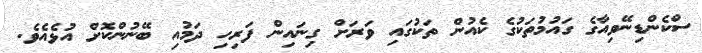
ސްކެންޑިނޭވިއާގެ ގައުމުތަކުގެ ކެއުން ތަކުގައި ވަރަށް ގިނައިން ފަރިހި ދަމުއި ބޭނުންކޮށް އުޅެއެވެ.